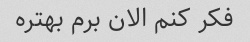
فکر کنم الان برم بهتره